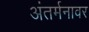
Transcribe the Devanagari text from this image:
अंतर्मनावर